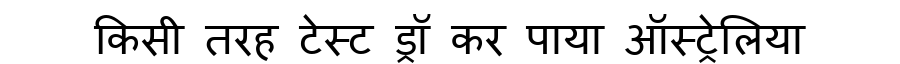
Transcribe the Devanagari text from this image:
किसी तरह टेस्ट ड्रॉ कर पाया ऑस्ट्रेलिया